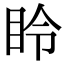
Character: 𪾧